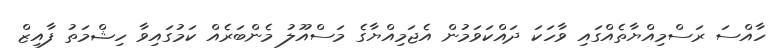
ހާއްސަ ރަސްމިއްޔާތެއްގައި ވާހަކަ ދައްކަވަމުން އެޖަމިއްޔާގެ މަސްއޫލު މެންބަރެއް ކަމުގައިވާ ހިޝްމަތު ފާއިޒް